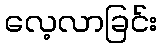
လေ့လာခြင်း